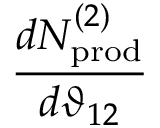
\frac { d N _ { \mathrm { p r o d } } ^ { ( 2 ) } } { d \vartheta _ { 1 2 } }